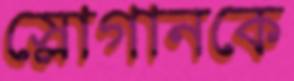
স্লোগানকে